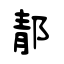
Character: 郬